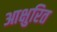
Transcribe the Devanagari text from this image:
आक्षुरित